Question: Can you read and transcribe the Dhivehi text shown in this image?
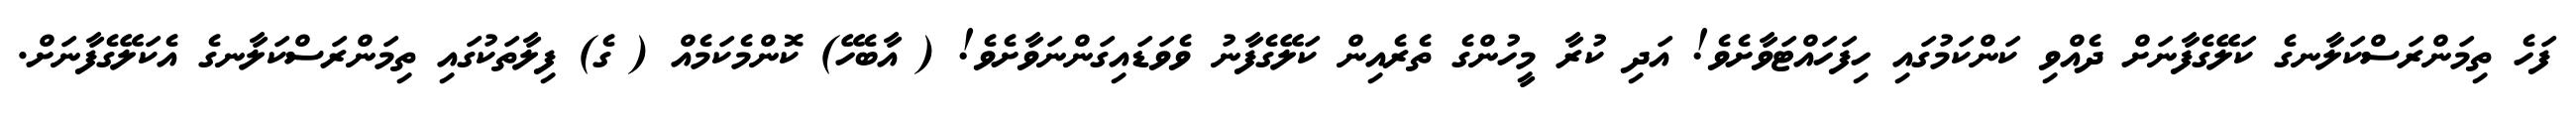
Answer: ފަހެ ތިމަންރަސްކަލާނގެ ކަލޭގެފާނަށް ދެއްވި ކަންކަމުގައި ހިފަހައްޓަވާށެވެ! އަދި ކުރާ މީހުންގެ ތެރެއިން ކަލޭގެފާނު ވެވަޑައިގަންނަވާށެވެ! ( އާބެހޭ) ކޮންމެކަމެއް ( ގެ) ފިލާތަކުގައި ތިމަންރަސްކަލާނގެ އެކަލޭގެފާނަށް.